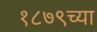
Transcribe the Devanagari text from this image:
१८७९च्या